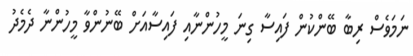
ނަމަވެސް ރިބާ ބޭންކުން ފައިސާ ގިނަ މީހުންނާއި ފައިސާއަށް ބޭނުންވާ މީހުންނާ ދެމެދު